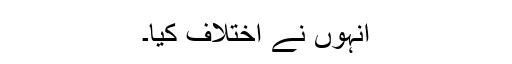
انہوں نے اختلاف کیا۔